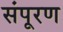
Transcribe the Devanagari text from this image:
संपूरण